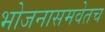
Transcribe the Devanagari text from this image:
भोजनासमवेतच